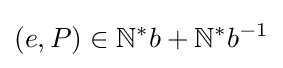
(e,P)\in \mathbb {N} ^{*}b+\mathbb {N} ^{*}b^{-1}